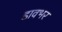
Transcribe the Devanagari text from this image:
डावभर